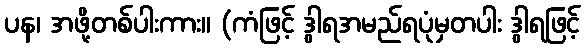
ပန၊ အဖို့တစ်ပါးကား။ (ကံဖြင့် ဒွါရအမည်ရပုံမှတပါး ဒွါရဖြင့်